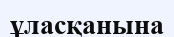
ұласқанына